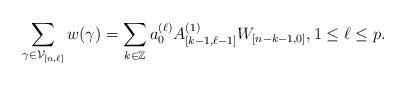
LaTeX: \begin{align*}\sum_{\gamma\in\mathcal{V}_{[n,\ell]}}w(\gamma)=\sum_{k\in\mathbb{Z}}a_{0}^{(\ell)} A^{(1)}_{[k-1,\ell-1]} W_{[n-k-1,0]},1\leq \ell\leq p.\end{align*}